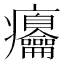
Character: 㿜